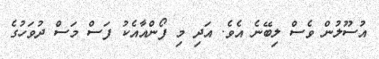
އުސޫލުން ވެސް ލިބޭނެ އެވެ. އަދި މި ފޯންއާއެކު ފަސް މަސް ދުވަހުގެ